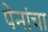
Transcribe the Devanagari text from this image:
पेनांचा